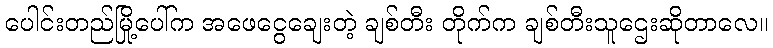
ပေါင်းတည်မြို့ပေါ်က အဖေငွေချေးတဲ့ ချစ်တီး တိုက်က ချစ်တီးသူဌေးဆိုတာလေ။